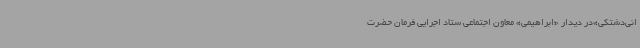
انی‌دشتکی»در دیدار «ابراهیمی» معاون اجتماعی ستاد اجرایی فرمان حضرت